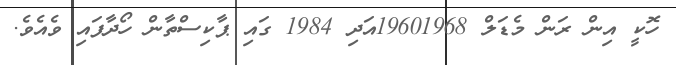
ހޮކީ އިން ރަން މެޑަލް 19601968އަދި 1984 ގައި ޕާކިސްތާން ހޯދާފައި ވެއެވެ.